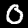
Digit: 0